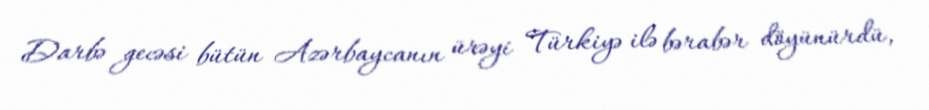
Darbə gecəsi bütün Azərbaycanın ürəyi Türkiyə ilə bərabər döyünürdü,